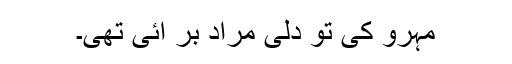
مہرو کی تو دلی مراد بر آئی تھی۔